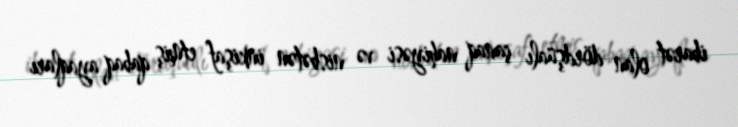
ibarət olan dördşüalı çanaq nahiyəsi və nisbətən inkişaf etmiş qabaq ayaqları